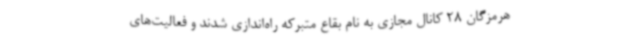
هرمزگان 28 کانال مجازی به نام بقاع متبرکه راه‌اندازی شدند و فعالیت‌های